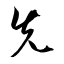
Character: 先